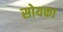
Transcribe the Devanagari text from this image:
सोयका